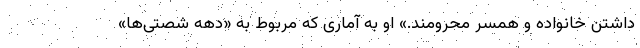
داشتن خانواده و همسر محرومند.» او به آماری که مربوط به «دهه شصتی‌ها»